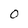
Character: O